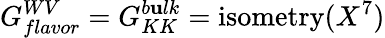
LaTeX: G_{flavor}^{WV}=G_{KK}^{b\mathbf{u}lk}=\mathrm{{isometry}}(X^{7})